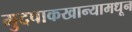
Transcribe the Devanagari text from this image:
मुदपाकखान्यामधून